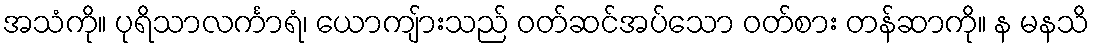
အသံကို။ ပုရိသာလင်္ကာရံ၊ ယောကျ်ားသည် ဝတ်ဆင်အပ်သော ဝတ်စား တန်ဆာကို။ န မနသိ